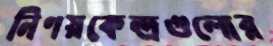
নিণয়কেন্দ্রগুলোর